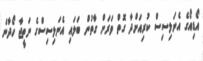
އޯޑިއޯގެ އެނަލިސިސް ކުރިއަށްދާ ގޮތް ވަރަށް ގާތުން ބަލައި އެނަލިސިސްގެ ނަތީޖާ ހޯދާނެ